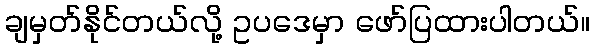
ချမှတ်နိုင်တယ်လို့ ဥပဒေမှာ ဖော်ပြထားပါတယ်။